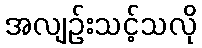
အလျဉ်းသင့်သလို